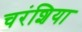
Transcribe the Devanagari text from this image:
चरंशिया